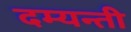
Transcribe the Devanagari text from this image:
दम्यन्ती